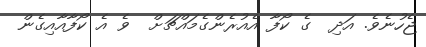
ޖެހުނެވެ. އަދި  ގެ ކޯފާ އެއުރެންގެމައްޗަށް  ވެ އެ ކޯފާއާއިގެން